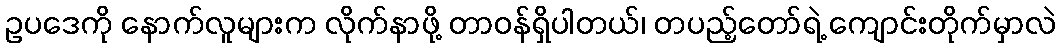
ဥပဒေကို နောက်လူများက လိုက်နာဖို့ တာဝန်ရှိပါတယ်၊ တပည့်တော်ရဲ့ ကျောင်းတိုက်မှာလဲ